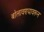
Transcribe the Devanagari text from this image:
बोलावण्यावरून